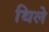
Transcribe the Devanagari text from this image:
थिले